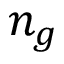
n _ { g }